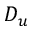
D _ { u }